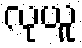
လုယူ